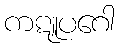
ကဋူပဂေါ